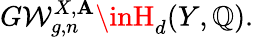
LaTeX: G\mathcal{W}_{g,n}^{X,\mathbf{A}}\inH_{d}(Y,\mathbb{{Q}}).